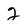
Character: 2